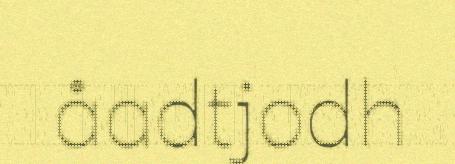
åadtjodh